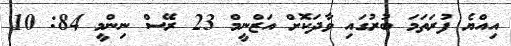
އިއްޔެ ފުރަތަމަ ބުރުގައި ވާދަކޮށް އަޒްނީމް 23 ރޭސް ނިންމީ 84: 10